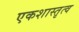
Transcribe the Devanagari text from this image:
एकशास्तृत्व